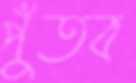
পুঁতব